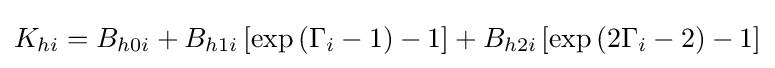
K_{hi}=B_{h0i}+B_{h1i}\left[\exp \left(\Gamma _{i}-1\right)-1\right]+B_{h2i}\left[\exp \left(2\Gamma _{i}-2\right)-1\right]